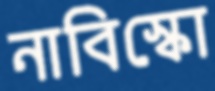
নাবিস্কো